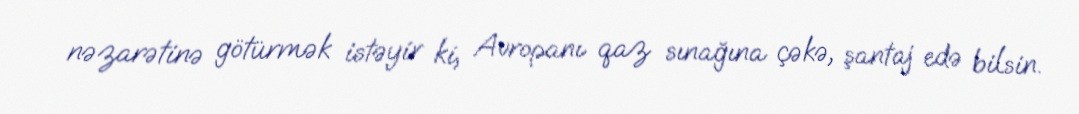
nəzarətinə götürmək istəyir ki, Avropanı qaz sınağına çəkə, şantaj edə bilsin.